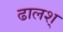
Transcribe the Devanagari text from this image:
ढालश्